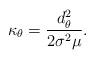
LaTeX: \begin{align*} \kappa_\theta = \frac{d_\theta^2}{2\sigma^2 \mu}.\end{align*}